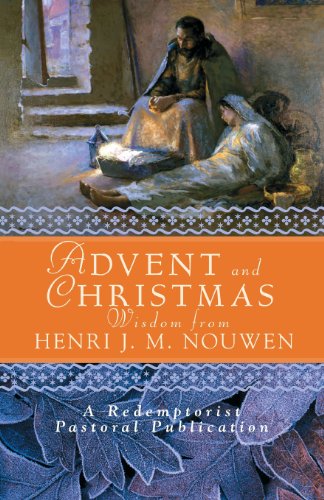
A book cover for Advent and Christmas Wisdom from Henri J.M. Nouwen: Daily Scripture and Prayers together with Nouwen's Own Words; Redemptorist Pastoral Publication; Christian Books & Bibles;